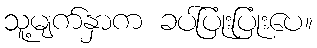
သူ့မျက်နှာက ခပ်ပြုံးပြုံးပေ။